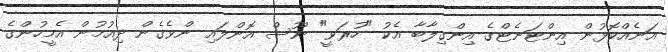
އަނެއްކޮޅުން އިންޓަނެޓްގެ އިންގިލާބާ އެކު "ހުރަވީ" ނޫސް އޮންލައި ންވެގެން ދިއުމުން އެމީހުންގެ